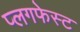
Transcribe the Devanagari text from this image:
प्लगफेस्ट